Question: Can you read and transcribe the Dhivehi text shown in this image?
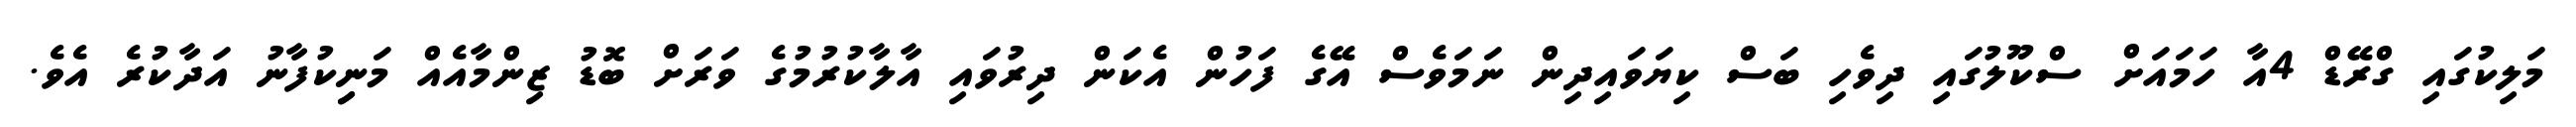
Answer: މަލިކުގައި ގްރޭޑް 4އާ ހަމައަށް ސްކޫލުގައި ދިވެހި ބަސް ކިޔަވައިދިން ނަމަވެސް އޭގެ ފަހުން އެކަން ދިރުވައި އާލާކުރުމުގެ ވަރަށް ބޮޑު ޒިންމާއެއް މަނިިކުފާނު އަދާކުރެ އެވެ.